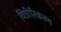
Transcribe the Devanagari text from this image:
चित्रीरिकरण